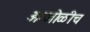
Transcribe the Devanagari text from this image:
आजोळीच